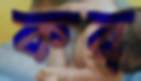
কর্